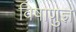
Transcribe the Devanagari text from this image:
विषाणुज्ञ